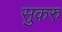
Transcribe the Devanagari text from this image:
सुकरु